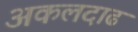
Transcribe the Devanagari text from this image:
अकलदाढ